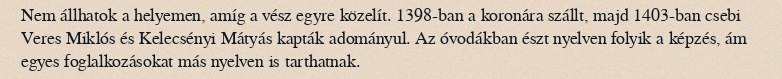
Nem állhatok a helyemen, amíg a vész egyre közelít. 1398-ban a koronára szállt, majd 1403-ban csebi Veres Miklós és Kelecsényi Mátyás kapták adományul. Az óvodákban észt nyelven folyik a képzés, ám egyes foglalkozásokat más nyelven is tarthatnak.